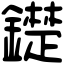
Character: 𨭣